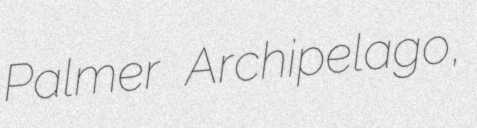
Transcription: Palmer Archipelago,